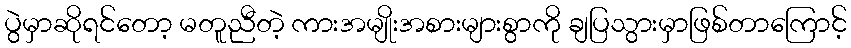
ပွဲမှာဆိုရင်တော့ မတူညီတဲ့ ကားအမျိုးအစားများစွာကို ချပြသွားမှာဖြစ်တာကြောင့်